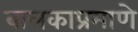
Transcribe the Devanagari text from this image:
बालकाप्रमाणे